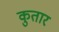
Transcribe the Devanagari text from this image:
कुतार